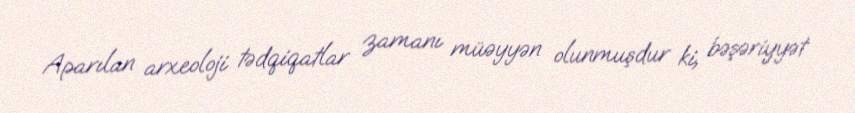
Aparılan arxeoloji tədqiqatlar zamanı müəyyən olunmuşdur ki, bəşəriyyət